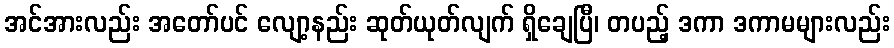
အင်အားလည်း အတော်ပင် လျော့နည်း ဆုတ်ယုတ်လျက် ရှိချေပြီ၊ တပည့် ဒကာ ဒကာမများလည်း